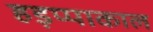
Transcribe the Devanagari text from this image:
हड़प्पाकाल